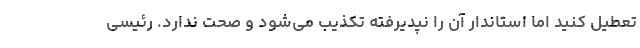
تعطیل کنید اما استاندار آن را نپدیرفته تکذیب می‌شود و صحت ندارد. رئیسی